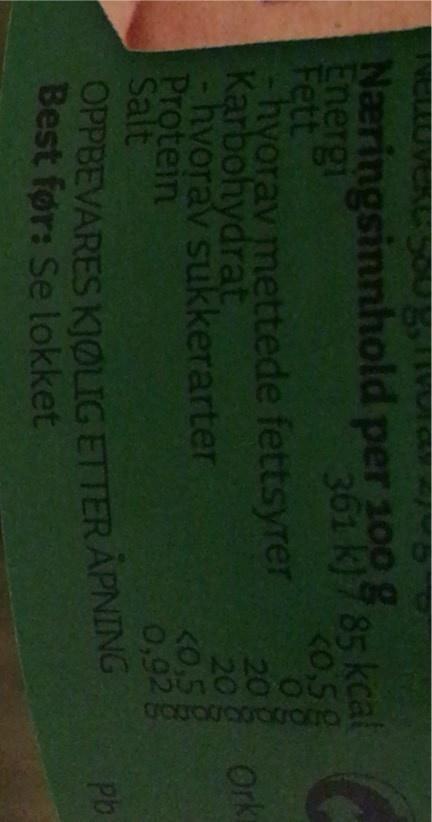
Næringsinnhold per 100 g Energi Fett hyorav mettede fettsyrer Karbohydrat, hvorav sukkerarter Protein Salt
361 k)785 kcal K0,5g
20 g 20g Ork K0,5g 0,92g
Pb
Best før: Se lokket